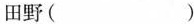
田野( )